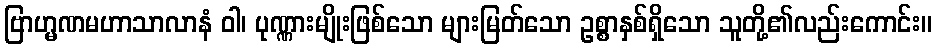
ဗြာဟ္မဏမဟာသာလာနံ ဝါ၊ ပုဏ္ဏားမျိုးဖြစ်သော များမြတ်သော ဥစ္စာနှစ်ရှိသော သူတို့၏လည်းကောင်း။